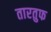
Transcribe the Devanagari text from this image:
तारतुफ